Notes on the propagation and cultivation of the medicinal cinchonas, or Peruvian bark trees
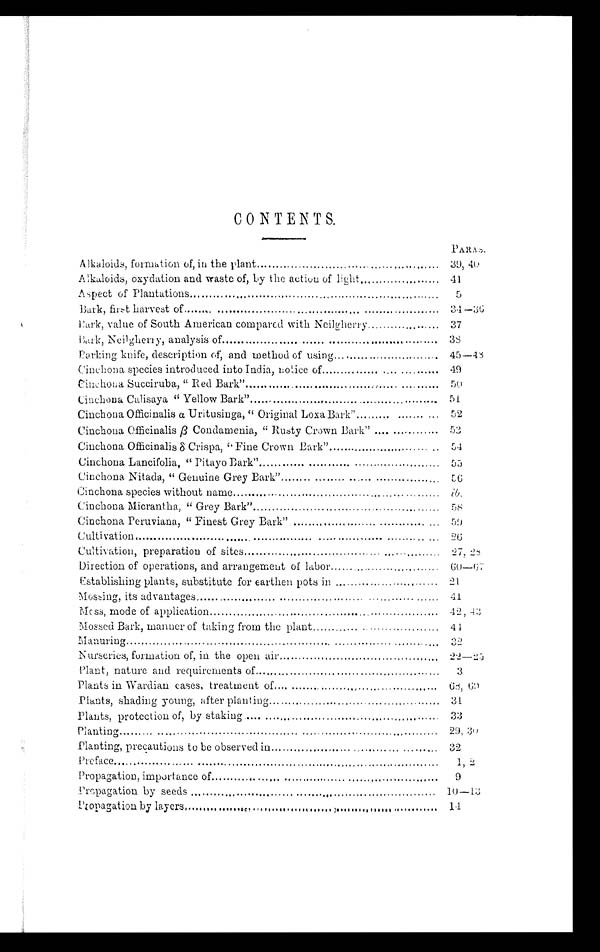
CONTENTS.
PARAS.
Alkaloids, formation of, in the plant
39, 40
Alkaloids, oxydation and waste of, by the action of light
41
Aspect of Plantations
5
Bark, first harvest of
34—36
Bark, value of South American compared with Neilgherry
37
Bark, Neilgherry, analysis of
38
Barking knife, description of, and method of using 45—48
Cinchona species introduced into India, notice of
49
Cinchona Succiruba, " Red Bark"
50
Cinchona Calisaya " Yellow Bark"
51
Cinchona Officinalis α Uritusinga, " Original Loxa Bark" 52
Cinchona Officinalis ß Coudamenia, " Rusty Crown Bark"
53
Cinchona Officinalis δ Crispa, "Fine Crown Bark"
54
Cinchona Lancifolia, " Pitayo Bark"
55
Cinchona Nitada, " Genuine Grey Bark"
56
Cinchona species without name
ib.
Cinchona Micrantha, " Grey Bark"
58
Cinchona Peruviana, " Finest Grey Bark"
59
Cultivation
26
Cultivation, preparation of sites
27, 28
Direction of operations, and arrangement of labor
60—67
Establishing plants, substitute for earthen pots in
21
Mossing, its advantages
41
Moss, mode of application
42, 43
Mossed Bark, manner of taking from the plant 44
Manuring
32
Nurseries, formation of, in the open air
22—25
Plant, nature and requirements of
3
Plants in Wardian cases, treatment of
68, 69
Plants, shading young, after planting
31
Plants, protection of, by staking
33
Planting
29, 30
Planting, precautions to be observed in
32
Preface
1, 2
Propagation, importance of
9
Propagation by seeds
10—13
Propagation by layers
14